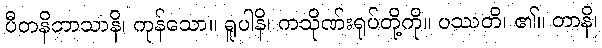
ပီတနိဘာသာနိ၊ ကုန်သော။ ရူပါနိ၊ ကသိုဏ်းရုပ်တို့ကို။ ပဿတိ၊ ၏။ တာနိ၊